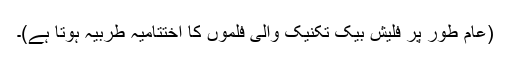
(عام طور پر فلیش بیک تکنیک والی فلموں کا اختتامیہ طربیہ ہوتا ہے)۔